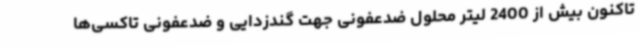
تاکنون بیش از 2400 لیتر محلول ضدعفونی جهت گندزدایی و ضدعفونی تاکسی‌ها